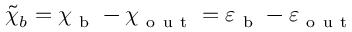
\Tilde { \chi } _ { b } = \chi _ { \mathrm { ~ b ~ } } - \chi _ { \mathrm { ~ o ~ u ~ t ~ } } = \varepsilon _ { \mathrm { ~ b ~ } } - \varepsilon _ { \mathrm { ~ o ~ u ~ t ~ } }